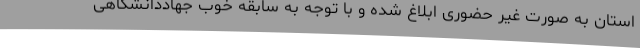
استان به صورت غیر حضوری ابلاغ شده‌ و با توجه به سابقه خوب جهاددانشگاهی